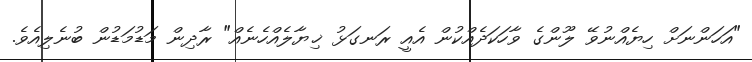
"އަހަންނަށް ހިޔެއްނުވޭ ލޫންގެ ވާހަކަދެއްކުން އެއީ ރަނގަޅު ޚިޔާލެއްހެނެއް" ރާދިން މަޑުމަޑުން ބުނެލިއެވެ.